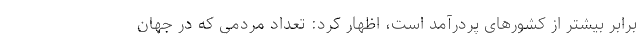
برابر بیشتر از کشورهای پردرآمد است، اظهار کرد: تعداد مردمی که در جهان